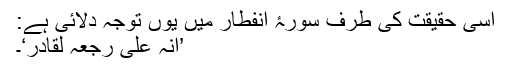
اسی حقیقت کی طرف سورۂ انفطار میں یوں توجہ دلائی ہے:
’اِنَّہٗ عَلٰی رَجْعِہٖ لَقَادِرٌ‘۔